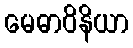
မေဓာဝိနိယာ